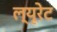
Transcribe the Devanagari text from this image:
ल्यूरेट